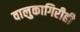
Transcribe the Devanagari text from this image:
वालुकागिरीही